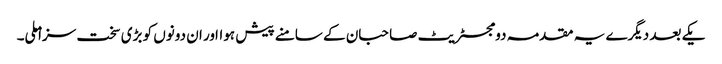
یکے بعد دیگرے یہ مقدمہ دو مجسٹریٹ صاحبان کے سامنے پیش ہوااور ان دونوں کو بڑی سخت سزا ملی۔